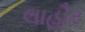
લાહૌર